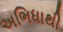
અભિધાથી